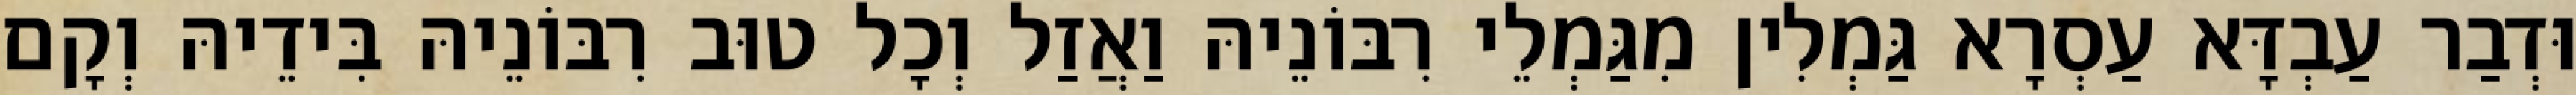
וּדְבַר עַבְדָּא עַסְרָא גַּמְלִין מִגַּמְלֵי רִבּוֹנֵיהּ וַאֲזַל וְכָל טוּב רִבּוֹנֵיהּ בִּידֵיהּ וְקָם